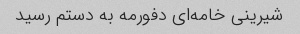
شیرینی خامه‌ای دفورمه به دستم رسید